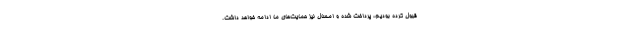
قبول کرده بودیم، پرداخت شده و امسال نیز حمایت‌های ما ادامه خواهد داشت.